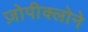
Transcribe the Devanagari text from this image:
ज़ोपीक्लोने